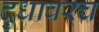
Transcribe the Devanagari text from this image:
दुधावरच